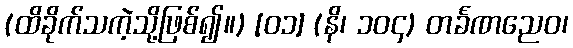
(ထိခိုက်သကဲ့သို့ဖြစ်၍။) [၀၁] (နိ၊ ၁၀၄) တင်္ခဏညေဝ၊